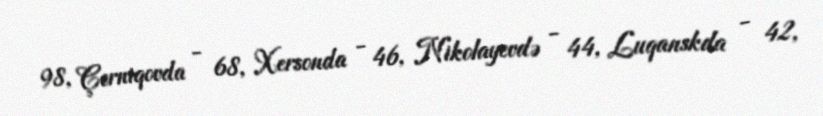
98, Çerniqovda - 68, Xersonda - 46, Nikolayevdə - 44, Luqanskda - 42,